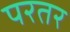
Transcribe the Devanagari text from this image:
परतर